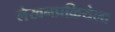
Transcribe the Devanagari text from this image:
लेखनप्रक्रियेला